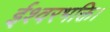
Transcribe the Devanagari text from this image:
ईश्वरभक्ति।